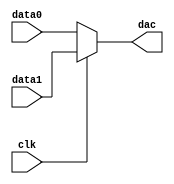
`timescale 1ns / 1ns

// XXX untested
module dac_cells(
	clk,
	data0,
	data1,
	dac
);

parameter width=16;

input  clk;
input  [width-1:0] data0;
input  [width-1:0] data1;
output [width-1:0] dac;

reg [width-1:0] r0=0, r1=0, out=0;
always @(posedge clk) begin
	r0 <= data0;
	r1 <= data1;
end
always @(clk) out <= clk ? data1 : data0;
assign dac = out;

endmodule